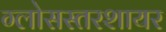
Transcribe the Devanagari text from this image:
ग्लोसस्तरशायर